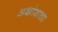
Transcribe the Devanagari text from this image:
अक्षांशाचा